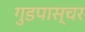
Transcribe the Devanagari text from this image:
गुडपास्चर